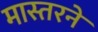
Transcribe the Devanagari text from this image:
मास्तरने